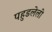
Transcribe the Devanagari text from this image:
पहुडलेली